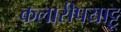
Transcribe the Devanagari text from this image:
कलारीपयाट्टू